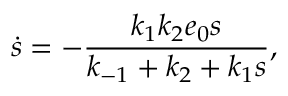
\dot { s } = - \frac { k _ { 1 } k _ { 2 } e _ { 0 } s } { k _ { - 1 } + k _ { 2 } + k _ { 1 } s } ,